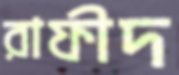
রাফীদ